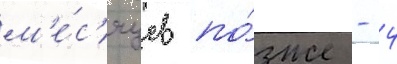
м'е́с'яцев по́зже - 4